Indian journal of veterinary science and animal husbandry - Volumes 18-21, 1948-1951
Year: 1948
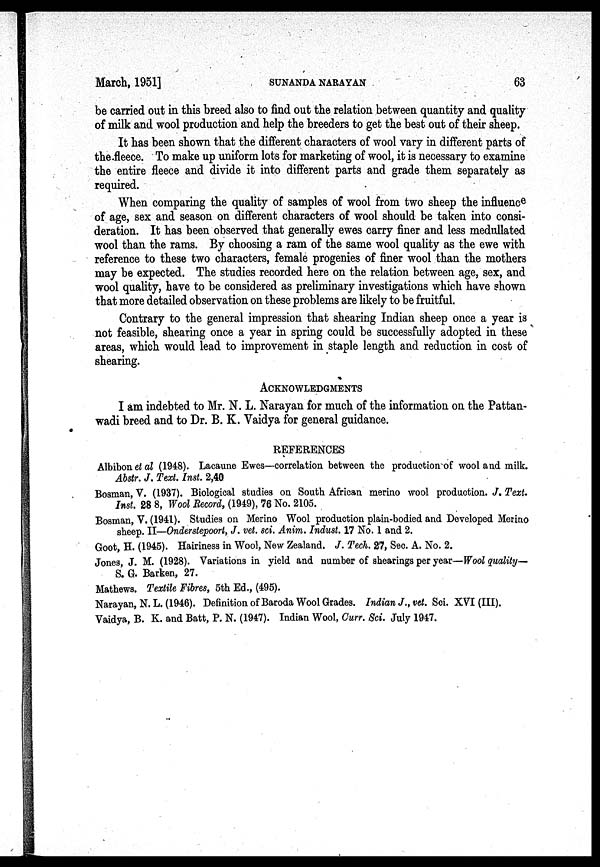
March, 1951]
SUNANDA
NARAYAN
63
be carried out in this breed also to find out the relation between quantity and quality
of milk and wool production and help the breeders to get the best out of their sheep.
It has been shown that the different characters of wool vary in different parts of
the fleece. To make up uniform lots for marketing of wool, it is necessary to examine
the entire fleece and divide it into different parts and grade them separately as
required.
When comparing the quality of samples of wool from two sheep the influence
of age, sex and season on different characters of wool should be taken into consi-
deration. It has been observed that generally ewes carry finer and less medullated
wool than the rams. By choosing a ram of the same wool quality as the ewe with
reference to these two characters, female progenies of finer wool than the mothers
may be expected. The studies recorded here on the relation between age, sex, and
wool quality, have to be considered as preliminary investigations which have shown
that more detailed observation on these problems are likely to be fruitful.
Contrary to the general impression that shearing Indian sheep once a year is
not feasible, shearing once a year in spring could be successfully adopted in these
areas, which would lead to improvement in staple length and reduction in cost of
shearing.
ACKNOWLEDGMENTS
I am indebted to Mr. N. L. Narayan for much of the information on the Pattan-
wadi breed and to Dr. B. K. Vaidya for general guidance.
REFERENCES
Albibon et al (1948). Lacaune Ewes—correlation between the production of wool and milk.
Abstr. J. Text. Inst. 2,40
Bosman, V. (1937). Biological studies on South African merino wool production. J. Text.
Inst. 28 8, Wool Record, (1949), 76 No. 2105.
Bosman, V. (1941). Studies on Merino Wool production plain-bodied and Developed Merino
sheep. II—Onderstepoort, J. vet. sci. Anim. Indust. 17 No. 1 and 2.
Goot, H. (1945). Hairiness in Wool, New Zealand. J. Tech. 27, Sec. A. No. 2.
Jones, J. M. (1928). Variations in yield and number of shearings per year—Wool quality—
S. G. Barken, 27.
Mathews. Textile Fibres, 5th Ed., (495).
Narayan, N. L. (1946). Definition of Baroda Wool Grades. Indian J., vet. Sci. XVI (III).
Vaidya, B. K. and Batt, P. N. (1947). Indian Wool, Curr. Sci. July 1947.